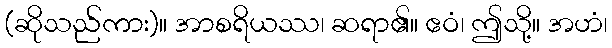
(ဆိုသည်ကား)။ အာစရိယဿ၊ ဆရာ၏။ ဧဝံ၊ ဤသို့။ အဟံ၊